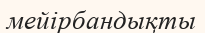
мейірбандықты